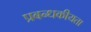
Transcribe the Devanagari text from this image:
प्रबन्धकीयता